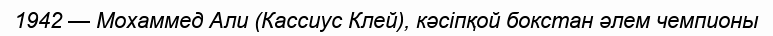
1942 — Мохаммед Али (Кассиус Клей), кәсіпқой бокстан әлем чемпионы